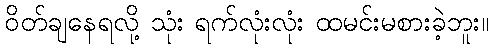
ဝိတ်ချနေရလို့ သုံး ရက်လုံးလုံး ထမင်းမစားခဲ့ဘူး။